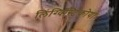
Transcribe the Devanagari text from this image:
लिंग्विस्टिकोया